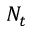
N _ { t }